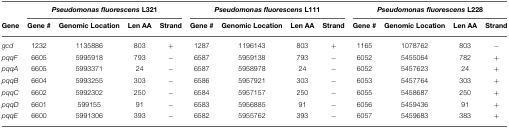
|  | <COLSPAN=4> Pseudomonas fluorescens L321 | <COLSPAN=4> Pseudomonas fluorescens L111 | <COLSPAN=4> Pseudomonas fluorescens L228 |
 | Gene | Gene # | Genomic Location | Len AA | Strand | Gene # | Genomic Location | Len AA | Strand | Gene # | Genomic Location | Len AA | Strand |
 | --- | --- | --- | --- | --- | --- | --- | --- | --- | --- | --- | --- | --- |
 | gcd | 1232 | 1135886 | 803 | + | 1287 | 1196143 | 803 | + | 1165 | 1078762 | 803 | − |
 | pqqF | 6605 | 5995918 | 793 | − | 6587 | 5959138 | 793 | − | 6052 | 5455064 | 782 | + |
 | pqqA | 6605 | 5993371 | 24 | − | 6587 | 5958978 | 24 | − | 6052 | 5457623 | 24 | + |
 | pqqB | 6604 | 5993255 | 303 | − | 6586 | 5957921 | 303 | − | 6053 | 5457764 | 303 | + |
 | pqqC | 6602 | 5992302 | 250 | − | 6584 | 5957157 | 250 | − | 6055 | 5458687 | 250 | + |
 | pqqD | 6601 | 599155 | 91 | − | 6583 | 5956885 | 91 | − | 6056 | 5459436 | 91 | + |
 | pqqE | 6600 | 5991306 | 393 | − | 6582 | 5955762 | 393 | − | 6057 | 5459683 | 383 | + |